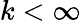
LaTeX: k<\infty